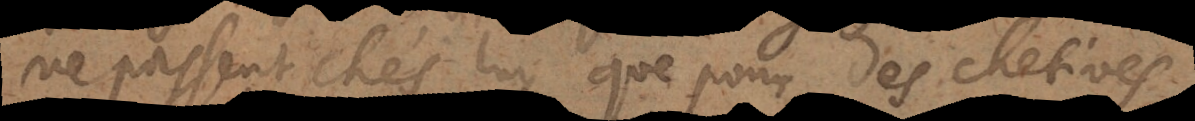
ne passent chés luy que pour des chetives